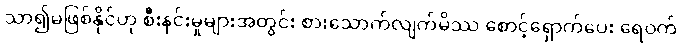
သာ၍မဖြစ်နိုင်ဟု စီးနင်းမှုများအတွင်း စားသောက်လျက်မိဿ စောင့်ရှောက်ပေး ရေဝက်